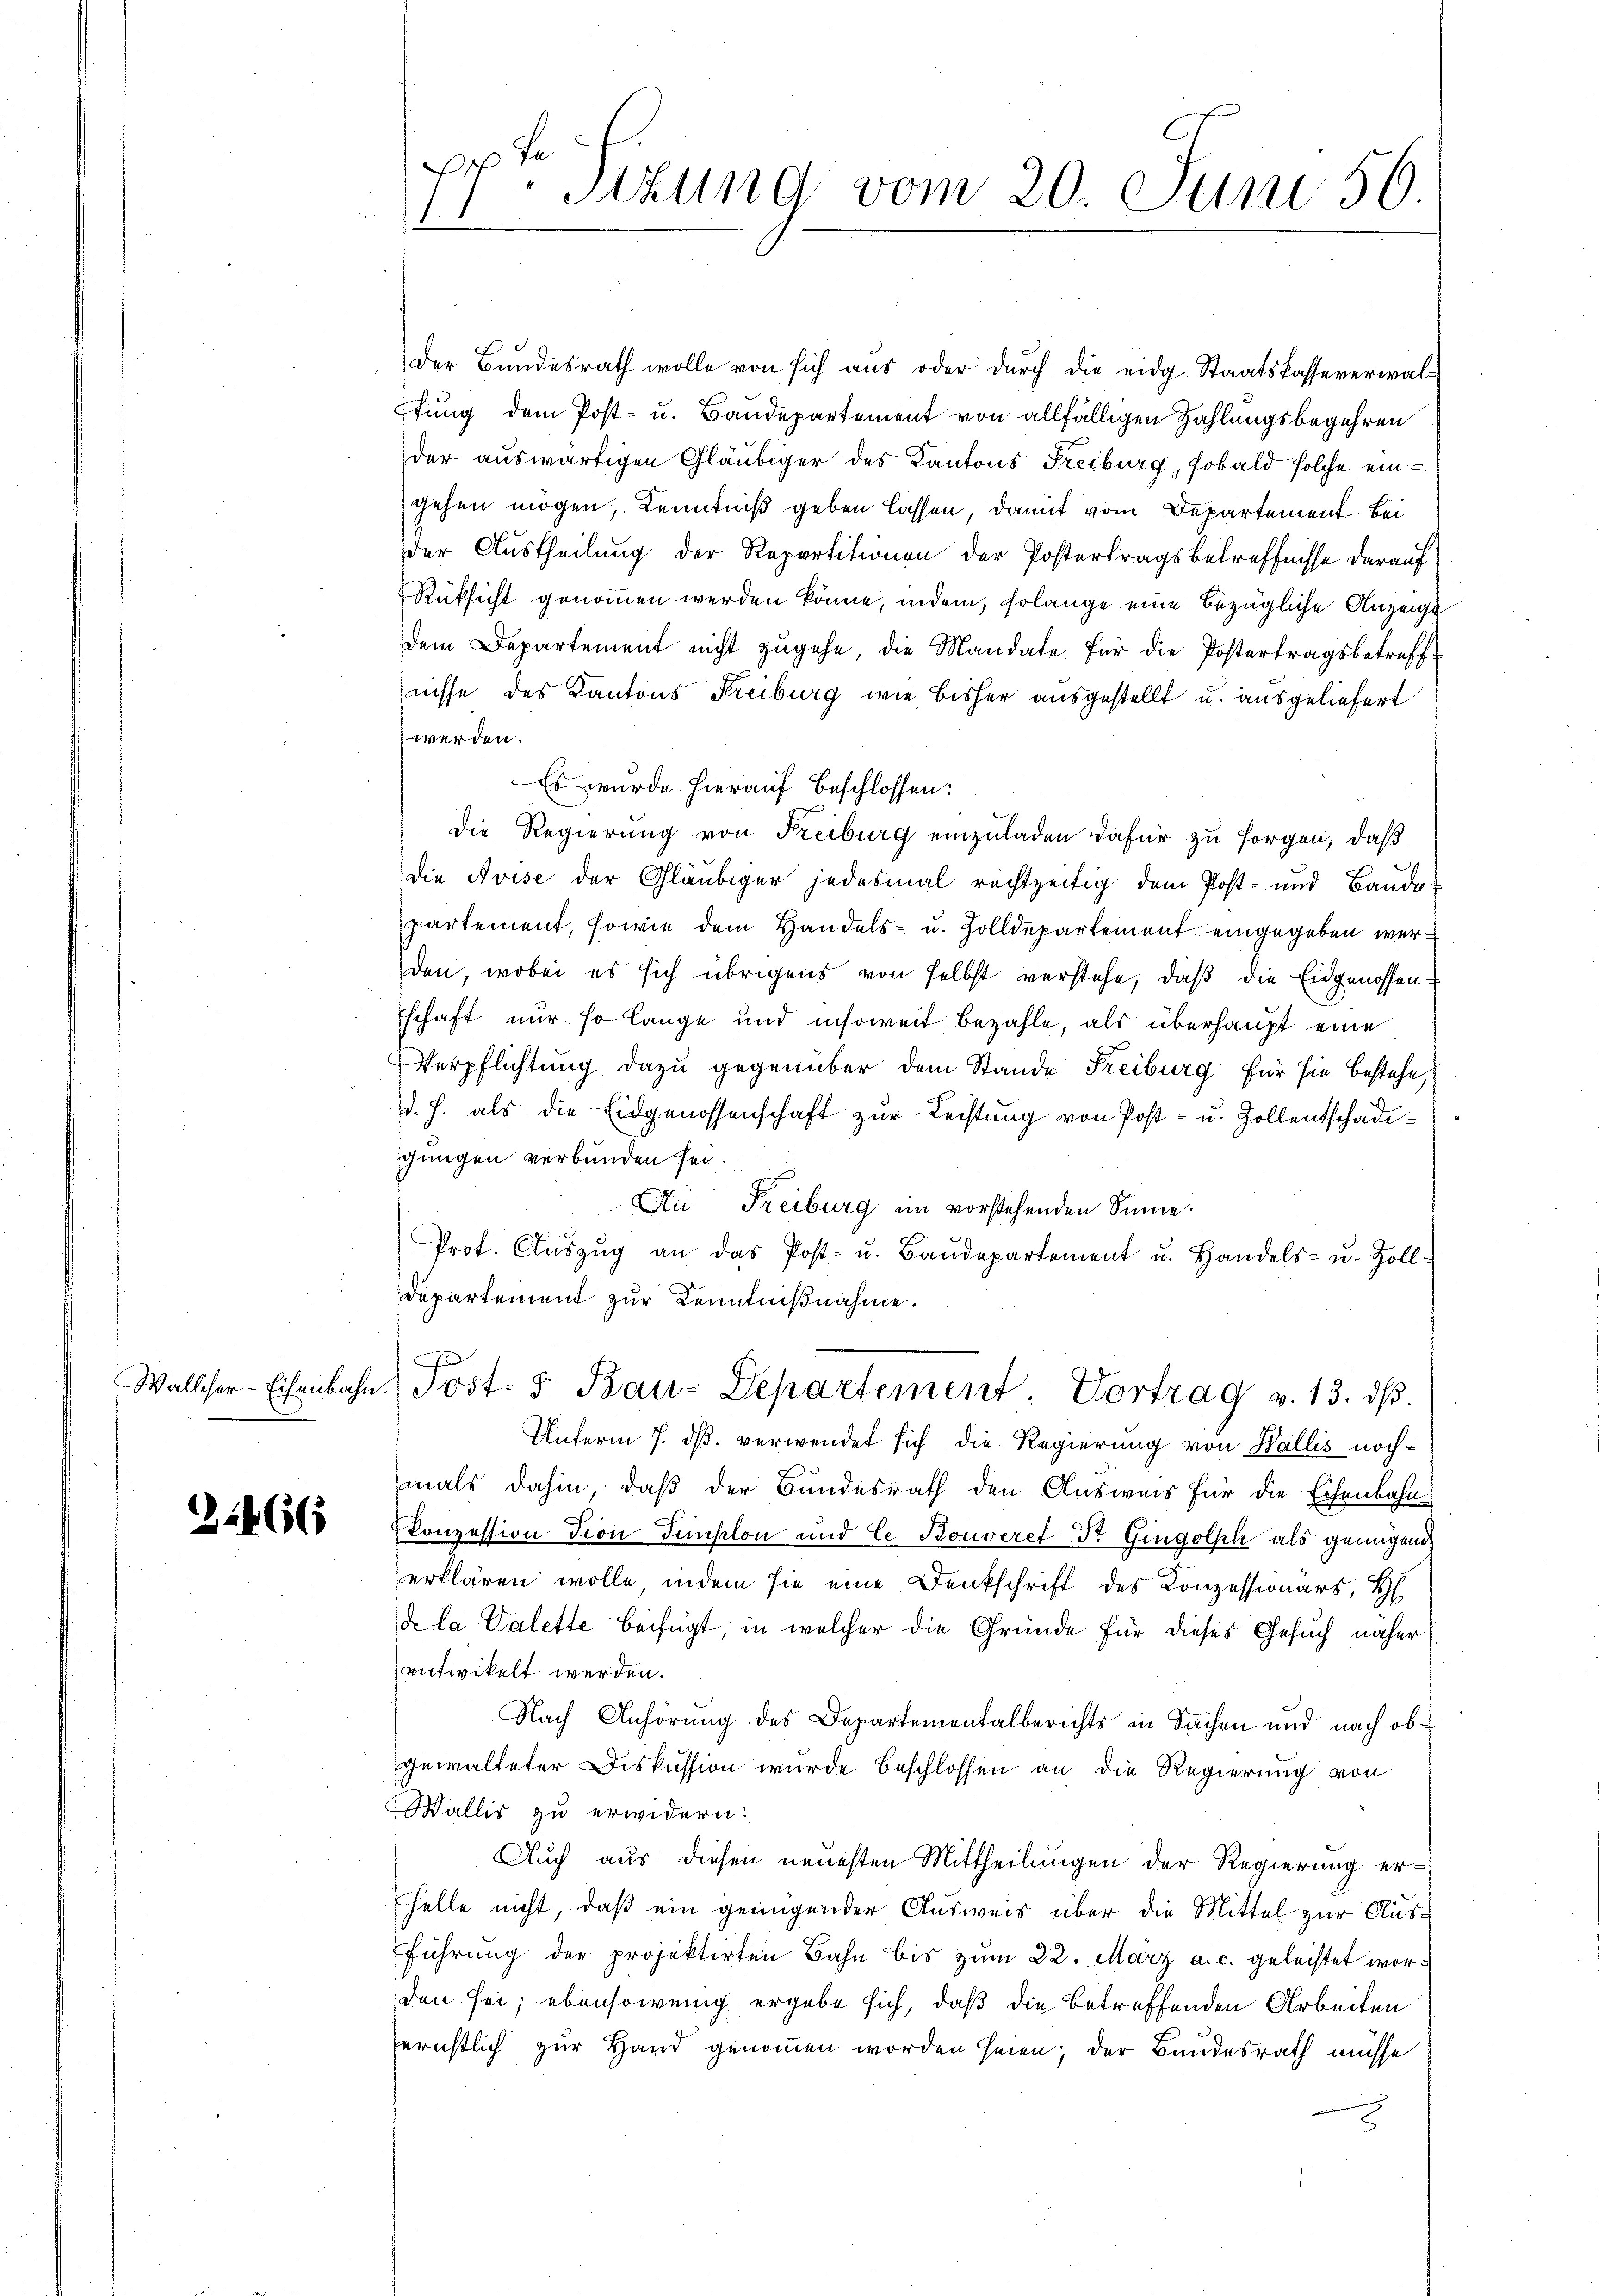
3266

F
f
Stzung vom 20. Juni 50.
11

Der Bundesrath wolle von sich aus oder durch die eidg. Staatskasse verwalffung dem Post- u. Baudepartement von allfälligen Zahlungsbegehren
der auswärtigen Gläubiger des Kantons Freiburg, sobald solche eingehen mögen, Kenntniß geben lassen, damit vom Departement. Bei
der Austheilung der Repartitionen der Postertragsbetreffnisse darauf
Rüksicht genommen werden könne, indem, solange eine bezügliche Anzeigt
dem Departement nicht zugehe, die Mandate für die Postertragsbetreff
nisse des Kantons Freiburg wie bisher ausgestellt u. ausgeliefert
werden.
Es wurde hierauf beschlossen:
Die Regierung von Freiburg einzuladen dafür zu sorgen, daß
die Avise der Gläubiger jedesmal rechtzeitig dem Post- und Baude
partement, sowie dem Handels- u. Zolldepartement eingegeben werden, wobei es sich übrigens von selbst verstehe, daß die Eidgenossen
schaft nur so lange und insoweit bezahle, als überhaupt eine
Verpflichtung dazu gegenüber dem Stande Freiburg für sie bestehe,
(d. h. als die Eidgenossenschaft zur Leistung von Post- u. Zollentschädigungen verbunden sei.
Au Freiburg im vorstehenden Sinne.
Prot. Aŭszŭg an das Post- u. Baŭdepartement u. Handels- u. Zoll-
Departement zur Kenntnißnahme.
e
Walliser Eisenbahn Post- & Bau-Departement Vortrag v. 13. dβ.
Unterm 7. ds. verwendet sich die Regierung von Wallis nochmals dahin, daß der Bundesrath den Ausweis für die Eisenbahn-
konzession Tiron Tuplon und Ce Bonveret Dr. Gingolph als genügend
erklären wolle, indem sie eine Denkschrift des Konzessionars, H
de la Valette beifügt, in welcher die Gründe für dieses Gesuch näher
entwikelt werden.
Nach Anhörung des Departementalberichts in Sachen und nach obgewalteter Diskussion wurde beschlossen an die Regierung von
Wallis zu erwidern:
Auch aus diesen neuesten Mittheilungen der Regierung erhelle nicht, daß ein genügender Ausweis über die Mittel zur Ausführung der projektirten Bahn bis zum 22. März a. c. geleistet worden sei; ebensowenig ergebe sich, daß die betreffenden Arbeiten
ernstlich zur Hand genommen worden seien; der Bundesrath müsse